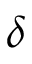
\delta